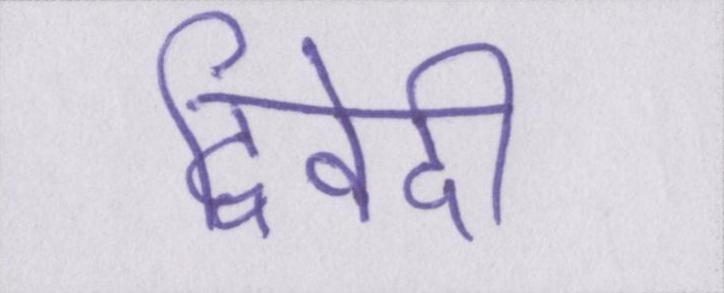
द्विवेदी